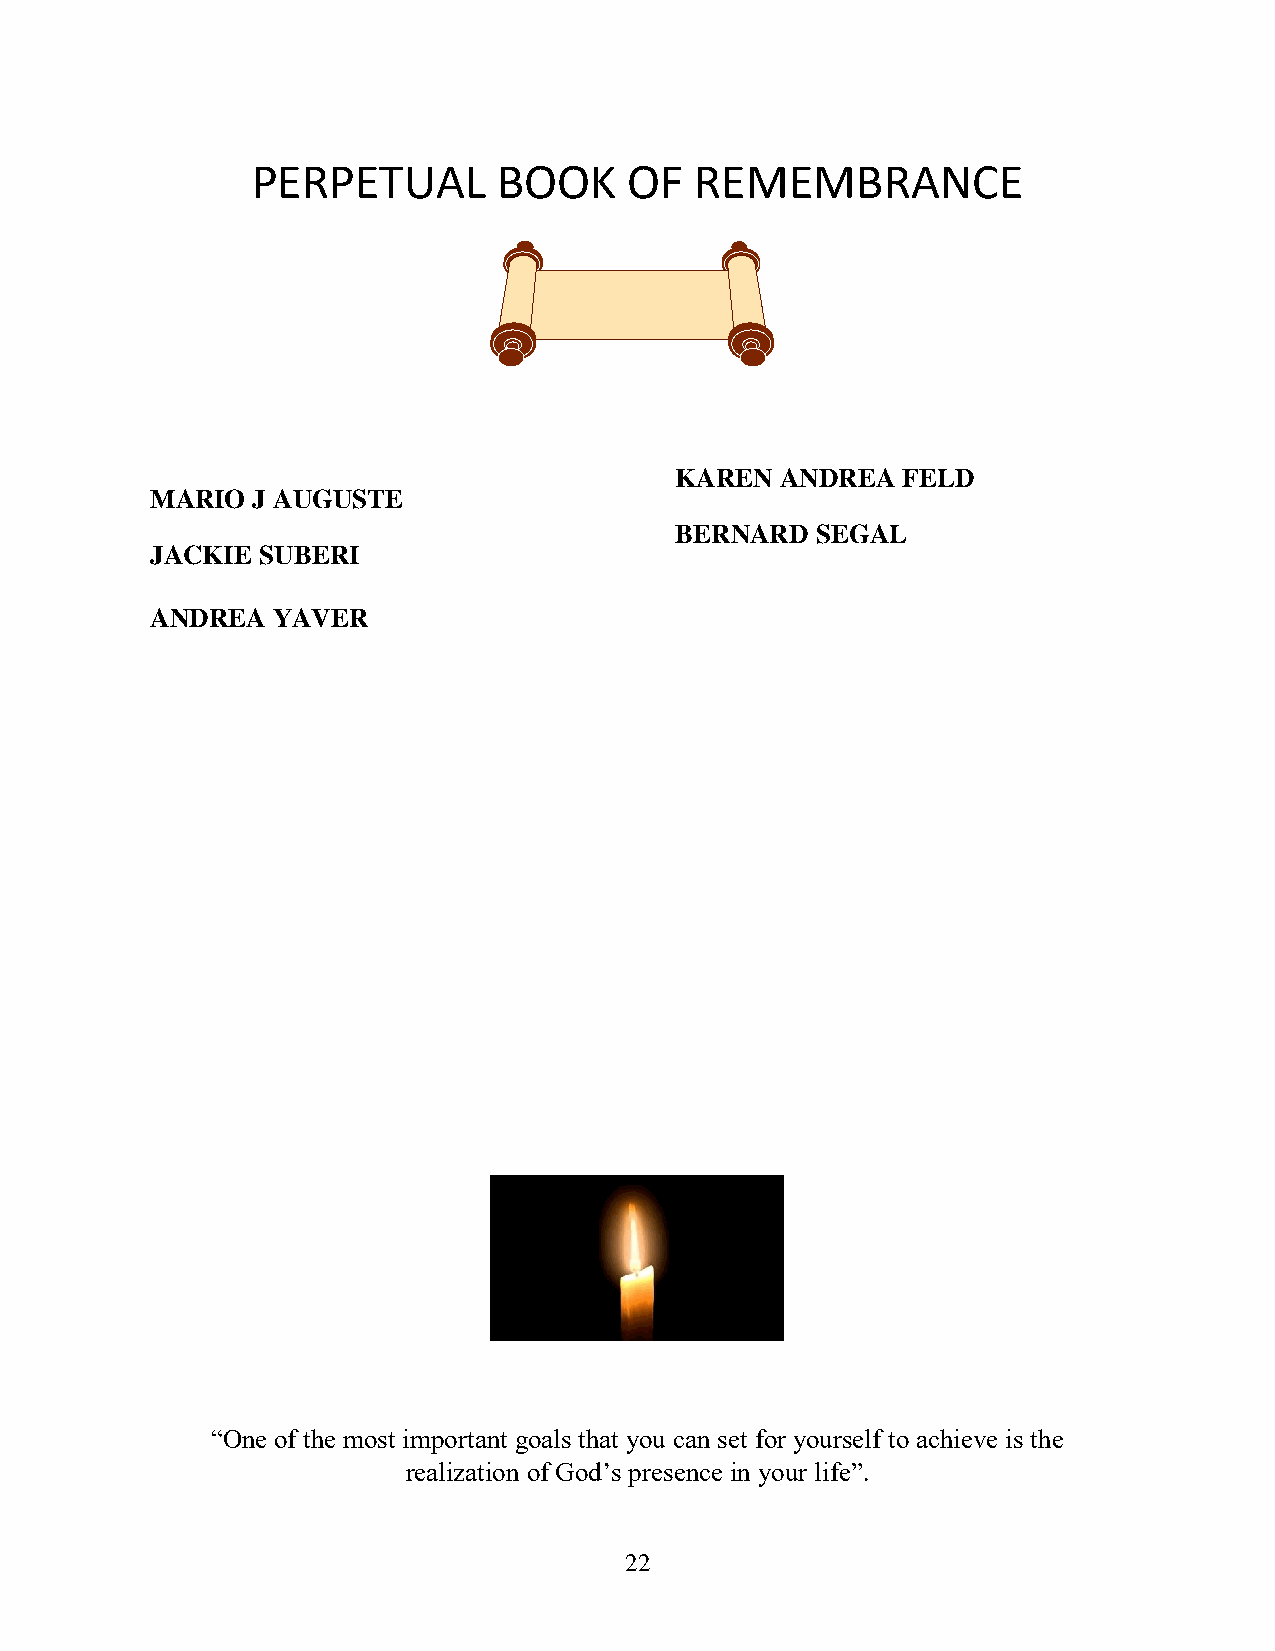
PERPETUAL       BOOK     OF  REMEMBRANCE
 KAREN  ANDREA  FELD
 MARIO  J AUGUSTE
 BERNARD  SEGAL
 JACKIE SUBERI
 ANDREA  YAVER
 “One of the most important goals that you can set for yourself to achieve is the
 realization of God’s presence in your life”.
 22